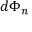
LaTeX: d \Phi _ { n }